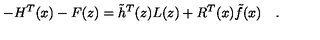
- H ^ { T } ( x ) - F ( z ) = \tilde { h } ^ { T } ( z ) L ( z ) + R ^ { T } ( x ) \tilde { f } ( x ) \quad .